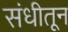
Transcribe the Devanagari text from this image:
संधीतून